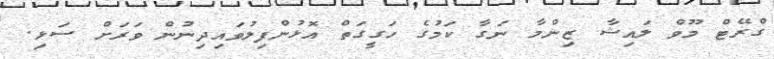
ގްރޭޓް މޫވް ލައިޝާ ޒިންމާ ނަގާ ކަމުގެ ހަގީގަަތް އޮޅުންފިލުވައިދިނުން ވަރަށް ސަޅި.